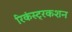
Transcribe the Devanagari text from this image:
रिकंस्ट्रकशन